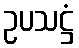
ဥပသဋ္ဌံ